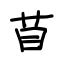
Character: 苜